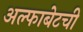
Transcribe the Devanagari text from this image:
अल्फाबेटची